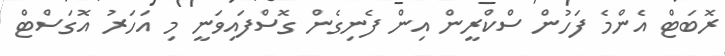
ރޮބަޓް އެންމެ ފަހުން ސްކްރީން އިން ފެނިގެން ގޮސްފައިވަނީ މި އަހަރު އޮގަސްޓް